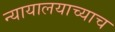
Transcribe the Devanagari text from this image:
न्यायालयाच्याच